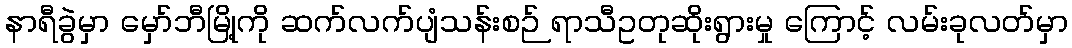
နာရီခွဲမှာ မှော်ဘီမြို့ကို ဆက်လက်ပျံသန်းစဉ် ရာသီဥတုဆိုးရွားမှု ကြောင့် လမ်းခုလတ်မှာ